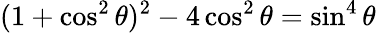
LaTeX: (1+\cos^{2}\theta)^{2}-4\cos^{2}\theta=\sin^{4}\theta